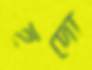
হুদো